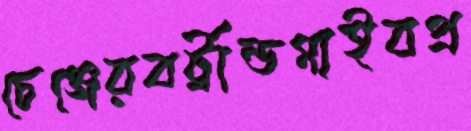
চেঞ্জেরবর্ট্রান্ডগাইবপ্র